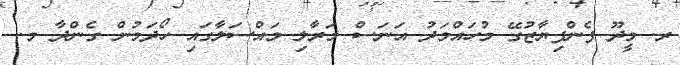
ރ. މީދޫ ފެންފިޔާޒުގޭ މުހައްމަދު އަނަސް މަރާލި މައްސަލާގައި ހޯދަމުން ގެންދާ މ.